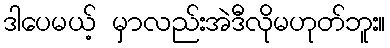
ဒါပေမယ့် မှာလည်းအဲဒီလိုမဟုတ်ဘူး။